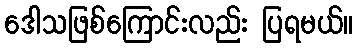
ဒေါသဖြစ်ကြောင်းလည်း ပြရမယ်။